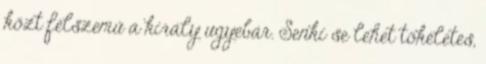
közt félszemű a király ugyebár. Senki se lehet tökéletes,